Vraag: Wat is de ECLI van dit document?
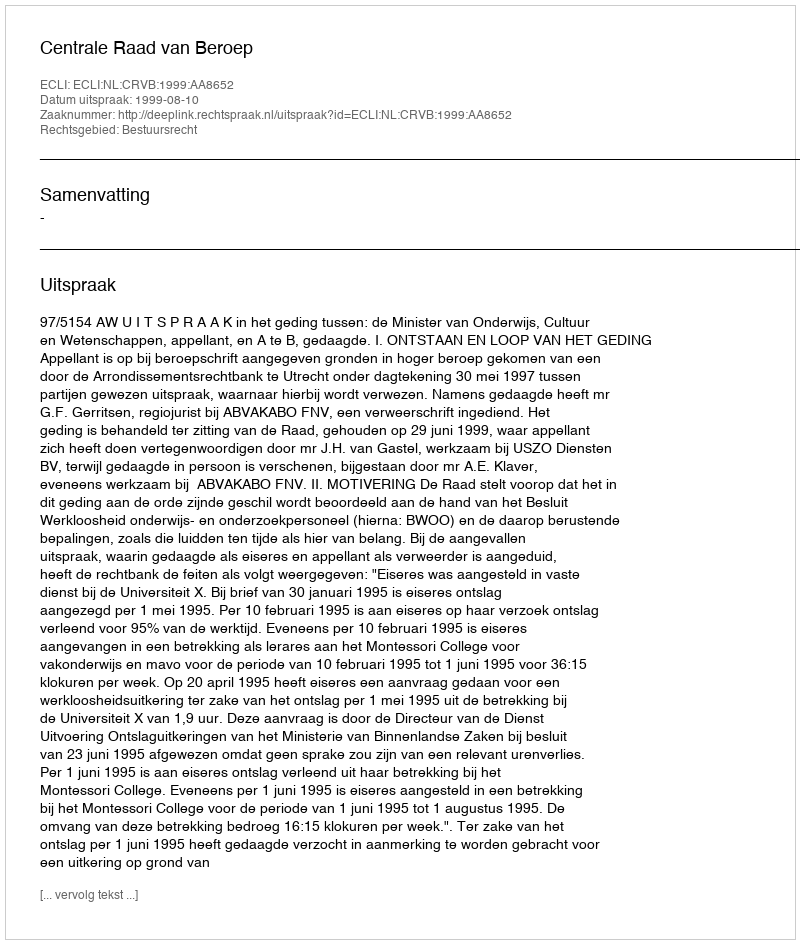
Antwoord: ECLI:NL:CRVB:1999:AA8652